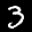
Label: 3